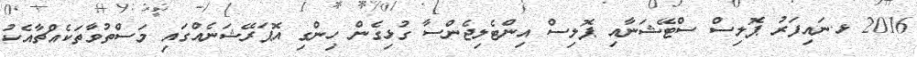
2016 ޅ.ނައިފަރު ޕޮލިސް ސްޓޭޝަނާއި ޕޮލިސް އިންޓެލިޖެންސާ ގުޅިގެން ހިންގި އޮޕަރޭޝަނެއްގައި މަސްތުވާތަކެއްޗާއެކު